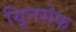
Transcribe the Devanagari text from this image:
यूिनसेफ